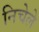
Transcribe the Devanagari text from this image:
निचेले